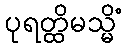
ပုရတ္ထိမသ္မိံ